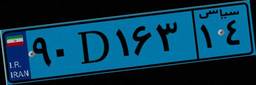
۲۷D۶۶۸۵۰